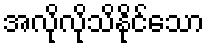
အလိုလိုသိနိုင်သော